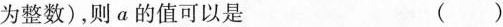
为整数)，则α的值可以是 ()